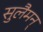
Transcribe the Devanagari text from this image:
सुलैमन्